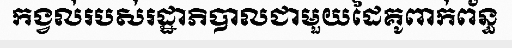
កង្វល់របស់រដ្ឋាភិបាលជាមួយដៃគូពាក់ព័ន្ធ